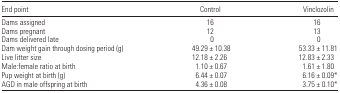
<table><thead><tr><td><b>End point</b></td><td><b>Control</b></td><td><b>Vinclozolin</b></td></tr></thead><tbody><tr><td>Dams assigned</td><td>16</td><td>16</td></tr><tr><td>Dams pregnant</td><td>12</td><td>13</td></tr><tr><td>Dams delivered late</td><td>0</td><td>0</td></tr><tr><td>Dam weight gain through dosing period (g)</td><td>49.29 ± 10.38</td><td>53.33 ± 11.81</td></tr><tr><td>Live litter size</td><td>12.18 ± 2.26</td><td>12.83 ± 2.33</td></tr><tr><td>Male:female ratio at birth</td><td>1.10 ± 0.67</td><td>1.61 ± 1.80</td></tr><tr><td>Pup weight at birth (g)</td><td>6.44 ± 0.07</td><td>6.16 ± 0.09*</td></tr><tr><td>AGD in male offspring at birth</td><td>4.36 ± 0.08</td><td>3.75 ± 0.10*</td></tr></tbody></table>